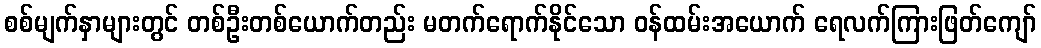
စစ်မျက်နှာများတွင် တစ်ဦးတစ်ယောက်တည်း မတက်ရောက်နိုင်သော ဝန်ထမ်းအယောက် ရေလက်ကြားဖြတ်ကျော်